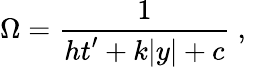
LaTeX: \Omega={\frac{1}{\displaystyle{ht^{\prime}+k|y|+c}}}~,~\,